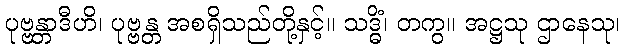
ပုဗ္ဗန္တာဒီဟိ၊ ပုဗ္ဗန္တ အစရှိသည်တို့နှင့်။ သဒ္ဓိံ၊ တကွ။ အဋ္ဌသု ဌာနေသု၊